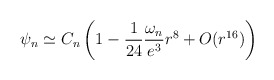
\begin{align*}\psi_n\simeq C_n\left(1-\frac{1}{24}\frac{\omega_n}{e^3}r^8 + O(r^{16})\right)\end{align*}